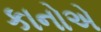
કાનોએ